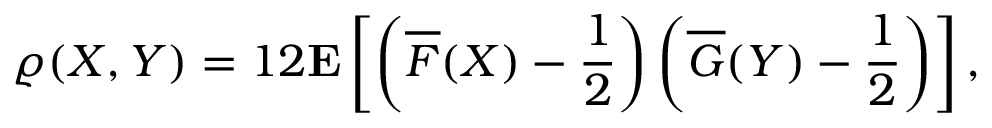
\varrho ( X , Y ) = 1 2 \ensuremath \mathbf E \left[ \left( \overline { F } ( X ) - \frac 1 2 \right) \left( \overline { G } ( Y ) - \frac 1 2 \right) \right] ,